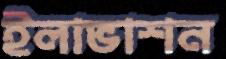
ইলাভাশন